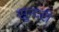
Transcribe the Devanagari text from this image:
सुन्‍दरी